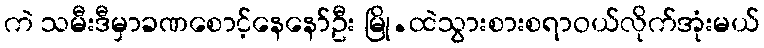
ကဲ သမီးဒီမှာခဏစောင့်နေနော်ဦး မြို.ထဲသွားစားစရာဝယ်လိုက်အုံးမယ်